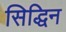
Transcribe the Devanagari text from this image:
सिद्धिन